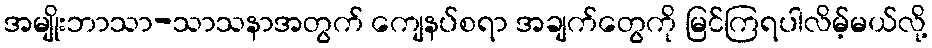
အမျိုးဘာသာ-သာသနာအတွက် ကျေနပ်စရာ အချက်တွေကို မြင်ကြရပါလိမ့်မယ်လို့